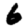
Digit: 6